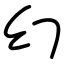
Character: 幻